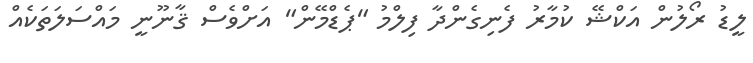
ލީޑު ރޯލުން އަކްޝޭ ކުމާރު ފެނިގެންދާ ފިލްމު "ޕެޑްމޭން" އަށްވެސް ޤާނޫނީ މައްސަލަތަކެއް